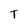
Character: T